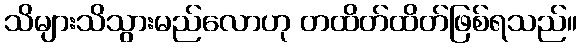
သိများသိသွားမည်လောဟု တထိတ်ထိတ်ဖြစ်ရသည်။